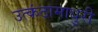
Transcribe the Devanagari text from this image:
उत्कंठामाधुरी